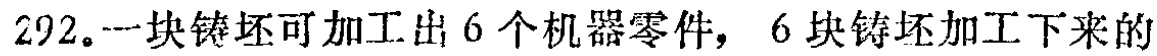
292.一块铸坯可加工出 6 个机器零件，6 块铸坯加工下来的